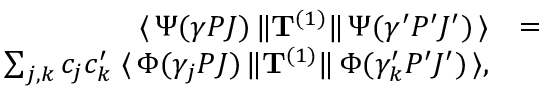
\begin{array} { r l r } { \langle \, \Psi ( \gamma P J ) \, \| { \bf T } ^ { ( 1 ) } \| \, \Psi ( \gamma ^ { \prime } P ^ { \prime } J ^ { \prime } ) \, \rangle } & { = } & \\ { \sum _ { j , k } c _ { j } c _ { k } ^ { \prime } \; \langle \, \Phi ( \gamma _ { j } P J ) \, \| { \bf T } ^ { ( 1 ) } \| \, \Phi ( \gamma _ { k } ^ { \prime } P ^ { \prime } J ^ { \prime } ) \, \rangle , } \end{array}